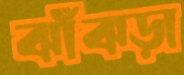
ঝাঁঝড়া